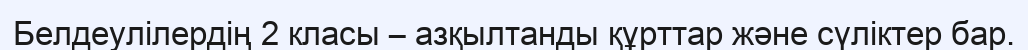
Белдеулілердің 2 класы – азқылтанды құрттар және сүліктер бар.